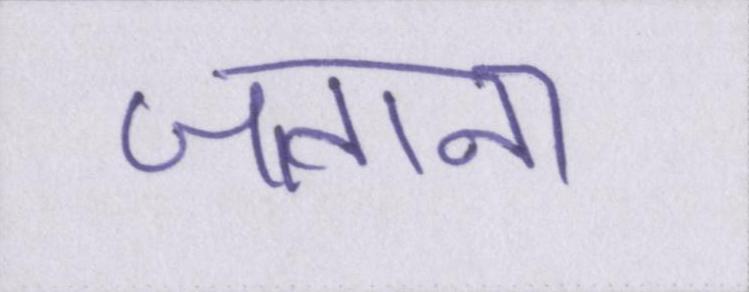
जताना